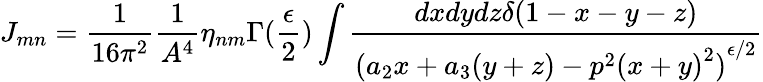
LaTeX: J_{mn}=\frac{1}{16\pi^{2}}\frac{1}{A^{4}}\eta_{nm}\Gamma(\frac{\epsilon}{2})\int\frac{dxdydz\delta(1-x-y-z)}{{(a_{2}x+a_{3}(y+z)-p^{2}{(x+y)}^{2})}^{\epsilon/2}}